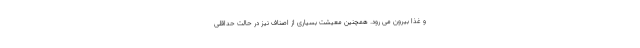
و غذا بیرون می رود. همچنین معیشت بسیاری از اصناف نیز در حالت حداقلی